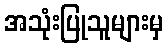
အသုံးပြုသူများမှ